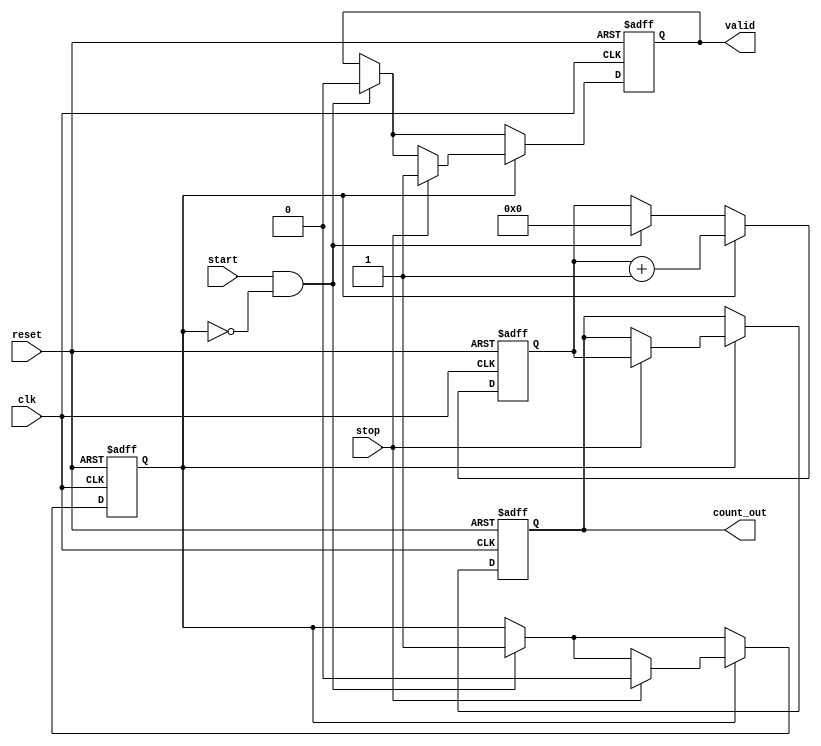
module TDC #(
    parameter NUM_DELAY_CELLS = 16, // Number of delay cells
    parameter DELAY_UNIT = 10,       // Delay time of each cell (in ns)
    parameter COUNTER_WIDTH = 5      // Width for counter (for 0 to NUM_DELAY_CELLS)
)(
    input wire clk,                  // System clock
    input wire start,                // Start signal
    input wire stop,                 // Stop signal
    input wire reset,                // Reset signal
    output reg [COUNTER_WIDTH-1:0] count_out, // Measured count output
    output reg valid                 // Indicates valid measurement
);

    // Delay line implementation
    reg [NUM_DELAY_CELLS-1:0] delay_line; // Represents delay cells, 1 to indicate active

    // Counter for measuring delay
    reg [COUNTER_WIDTH-1:0] counter = 0;
    reg capturing = 0; // Indicates if we're counting

    // Control Logic
    always @(posedge clk or posedge reset) begin
        if (reset) begin
            count_out <= 0;
            valid <= 0;
            counter <= 0;
            capturing <= 0;
            delay_line <= 0;
        end else begin
            // Start capturing on start signal
            if (start && !capturing) begin
                capturing <= 1;
                // Activate delay line (for demonstration, a simple pattern)
                delay_line <= {1'b1, delay_line[NUM_DELAY_CELLS-1:1]}; 
                counter <= 0; // Reset counter
                valid <= 0; // Reset valid flag
            end

            // Count while capturing is active
            if (capturing) begin
                counter <= counter + 1;
                // Simulate delay lines being filled
                if (counter < NUM_DELAY_CELLS) begin
                    delay_line <= {1'b1, delay_line[NUM_DELAY_CELLS-1:1]};
                end else begin
                    delay_line <= 0; // Stop activating delay cells after counting
                end
                
                // Stop capturing
                if (stop) begin
                    capturing <= 0;
                    count_out <= counter; // Output the count
                    valid <= 1; // Indicate measurement is valid
                end
            end
        end
    end

endmodule